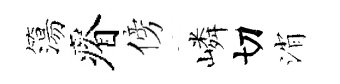
簜瘠傍嶙切消